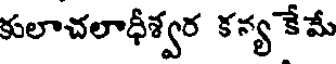
కులాచలాధీశ్వర కన్య కేమే